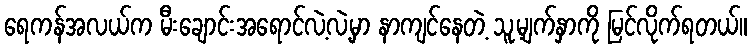
ရေကန်အလယ်က မီးချောင်းအရောင်လဲ့လဲ့မှာ နာကျင်နေတဲ့ သူ့မျက်နှာကို မြင်လိုက်ရတယ်။